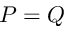
P = Q